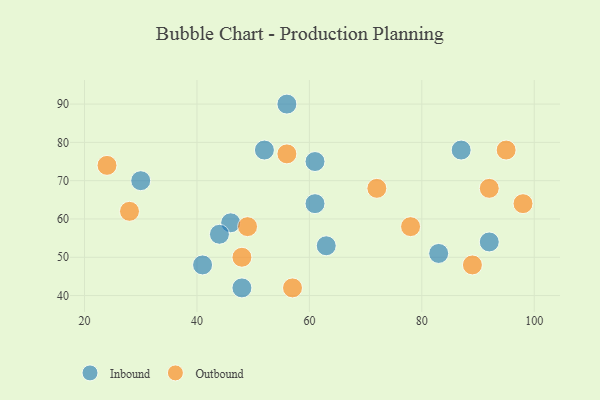
{"axis": {"x": "GDP", "y": "Life Expectancy"}, "legend": ["Inbound", "Outbound"], "data": [{"x": "61", "y": 64, "type": "Inbound"}, {"x": "41", "y": 48, "type": "Inbound"}, {"x": "46", "y": 59, "type": "Inbound"}, {"x": "87", "y": 78, "type": "Inbound"}, {"x": "92", "y": 54, "type": "Inbound"}, {"x": "44", "y": 56, "type": "Inbound"}, {"x": "61", "y": 75, "type": "Inbound"}, {"x": "52", "y": 78, "type": "Inbound"}, {"x": "56", "y": 90, "type": "Inbound"}, {"x": "48", "y": 42, "type": "Inbound"}, {"x": "30", "y": 70, "type": "Inbound"}, {"x": "63", "y": 53, "type": "Inbound"}, {"x": "83", "y": 51, "type": "Inbound"}, {"x": "57", "y": 42, "type": "Outbound"}, {"x": "95", "y": 78, "type": "Outbound"}, {"x": "56", "y": 77, "type": "Outbound"}, {"x": "92", "y": 68, "type": "Outbound"}, {"x": "72", "y": 68, "type": "Outbound"}, {"x": "78", "y": 58, "type": "Outbound"}, {"x": "48", "y": 50, "type": "Outbound"}, {"x": "24", "y": 74, "type": "Outbound"}, {"x": "98", "y": 64, "type": "Outbound"}, {"x": "28", "y": 62, "type": "Outbound"}, {"x": "89", "y": 48, "type": "Outbound"}, {"x": "49", "y": 58, "type": "Outbound"}]}